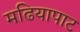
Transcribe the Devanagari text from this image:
मढियापाट